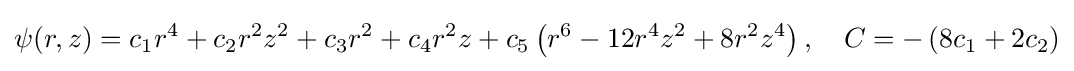
\psi (r,z)=c_{1}r^{4}+c_{2}r^{2}z^{2}+c_{3}r^{2}+c_{4}r^{2}z+c_{5}\left(r^{6}-12r^{4}z^{2}+8r^{2}z^{4}\right),\quad C=-\left(8c_{1}+2c_{2}\right)